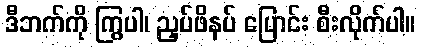
ဒီဘက်ကို ကြွပါ၊ ညှပ်ဖိနပ် ပြောင်း စီးလိုက်ပါ။